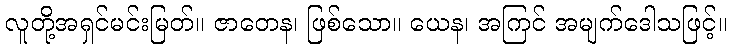
လူတို့အရှင်မင်းမြတ်။ ဇာတေန၊ ဖြစ်သော။ ယေန၊ အကြင် အမျက်ဒေါသဖြင့်။